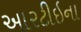
આરટીઇના